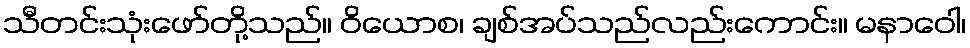
သီတင်းသုံးဖော်တို့သည်။ ဝိယောစ၊ ချစ်အပ်သည်လည်းကောင်း။ မနာဝေါ၊